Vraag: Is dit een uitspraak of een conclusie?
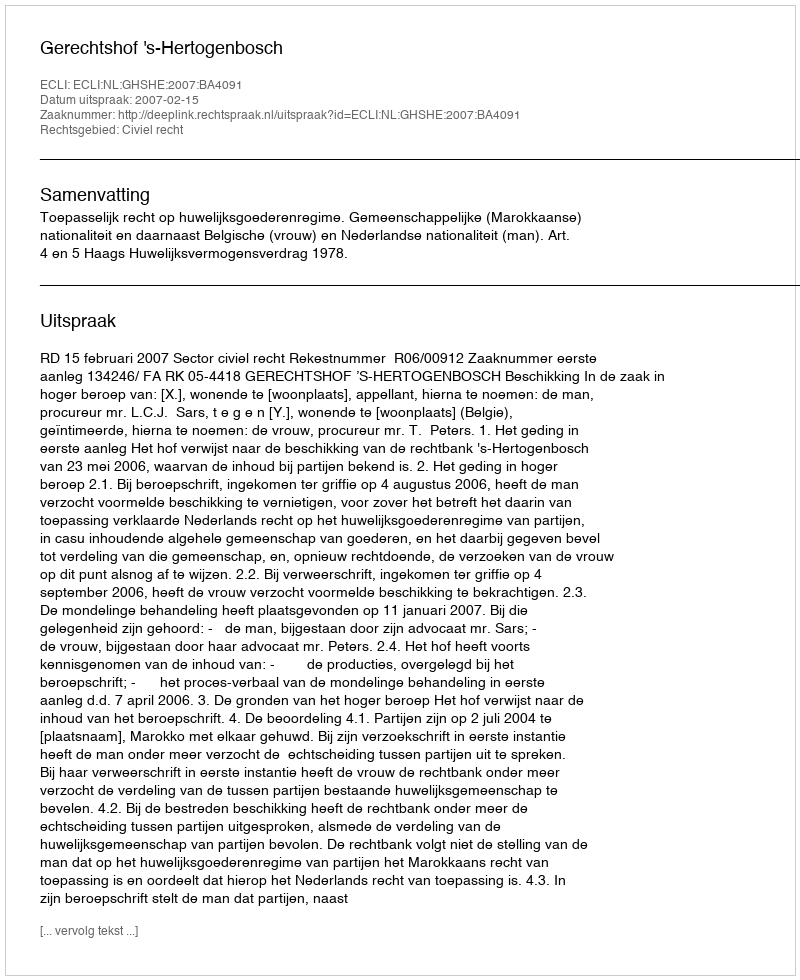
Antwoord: Uitspraak